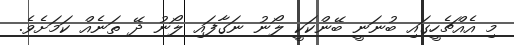
މި އެއްޗެހީގައި ބުނަނީ ބޭންކަކީ ލޯނު ނަގާފައި ލޯނު ދޭ ތަނެއް ކަމަށެވެ.